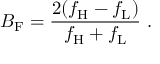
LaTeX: B _ { \mathrm { F } } = { \frac { 2 ( f _ { \mathrm { H } } - f _ { \mathrm { L } } ) } { f _ { \mathrm { H } } + f _ { \mathrm { L } } } } \ .